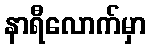
နာရီလောက်မှာ